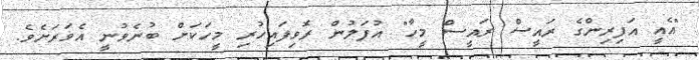
"އެއީ އަފިރިންގެ ރައީސް ރައީސް މީހާ" އުފަލުން ރޮވިފައިހުރި މީހަކަށް ބުނެވުނީ އެވަރަށެވެ.